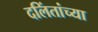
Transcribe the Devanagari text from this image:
दलिंतांच्या